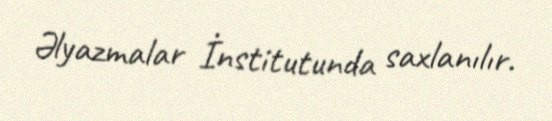
Əlyazmalar İnstitutunda saxlanılır.